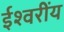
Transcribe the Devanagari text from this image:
ईश्वरींय